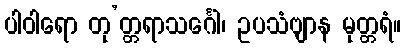
ပါဝါရော တု’တ္တရာသင်္ဂေါ၊ ဥပသံဗျာန မုတ္တရံ။